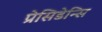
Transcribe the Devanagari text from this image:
प्रेसिडेन्सि